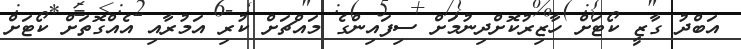
އަބްދު ގާޒީ ކޯޓަށް ހާޒިރުކޮށްދިނުމަށް ސިފައިންގެ މައްޗަށް ކުރި އަމުރާއި އެއްގޮތަށް ކޯޓަށް